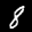
Label: 8